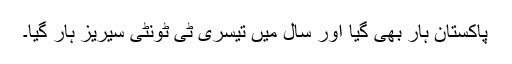
پاکستان ہار بھی گیا اور سال میں تیسری ٹی ٹونٹی سیریز ہار گیا۔